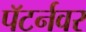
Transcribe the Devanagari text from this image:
पॅटर्नवर